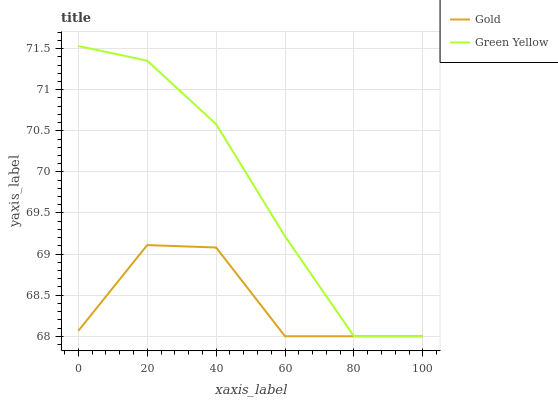
| xaxis_label | Gold | Green Yellow |
 | --- | --- | --- |
 | 0 | 68.1 | 71.5 |
 | 20 | 69.1 | 71.4 |
 | 40 | 69.1 | 70.6 |
 | 60 | 68 | 69.2 |
 | 80 | 68 | 68 |
 | 100 | 68 | 68 |